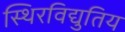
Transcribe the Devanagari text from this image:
स्थिरविद्युतिय